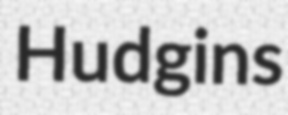
Hudgins